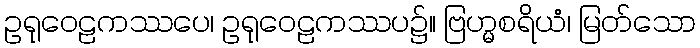
ဥရုဝေဠကဿပေ၊ ဥရုဝေဠကဿပ၌။ ဗြဟ္မစရိယံ၊ မြတ်သော